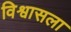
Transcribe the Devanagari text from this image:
विश्वासला